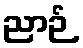
ညာဉ်